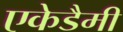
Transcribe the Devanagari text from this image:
एकेडैमी